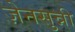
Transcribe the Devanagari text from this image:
ज़ेनसुन्नी